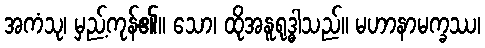
အကံသု၊ မှည့်ကုန်၏။ သော၊ ထိုအနူရုဒ္ဓါသည်။ မဟာနာမက္ခဿ၊